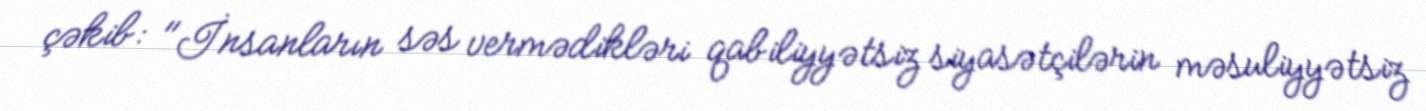
çəkib: "İnsanların səs vermədikləri qabiliyyətsiz siyasətçilərin məsuliyyətsiz